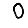
Digit: 0